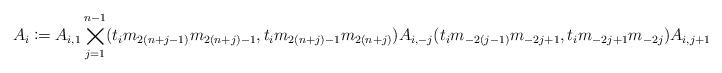
LaTeX: \begin{align*} A_i\coloneqq A_{i,1}\bigtimes_{j=1}^{n-1}(t_im_{2(n+j-1)}m_{2(n+j)-1},t_im_{2(n+j)-1}m_{2(n+j)})A_{i,-j}(t_im_{-2(j-1)}m_{-2j+1},t_im_{-2j+1}m_{-2j})A_{i,j+1}.\end{align*}